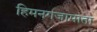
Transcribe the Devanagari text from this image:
हिमनगजामाता